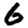
Digit: 6